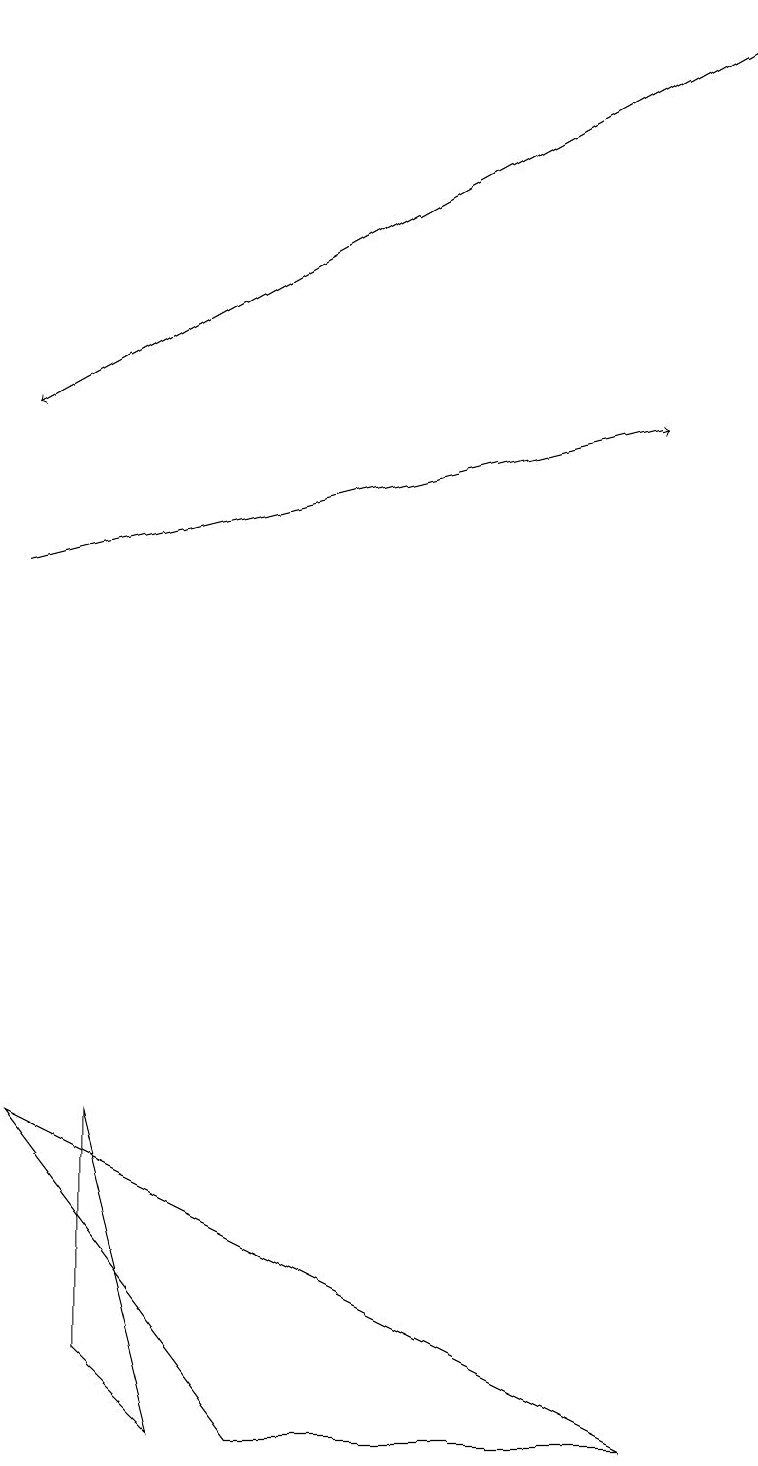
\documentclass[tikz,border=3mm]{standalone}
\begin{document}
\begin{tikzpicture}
\draw (3,0) -- (0,4) -- (8,0) -- cycle;
\draw (1,1) -- (2,0) -- (1,4) -- cycle;
\draw[->] (0,11) -- (8,13);
\draw[->] (9,18) -- (0,13);
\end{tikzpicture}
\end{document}